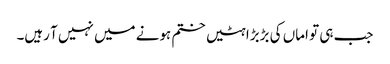
جب ہی تو اماں کی بڑبڑاہٹیں ختم ہونے میں نہیں آ رہیں۔